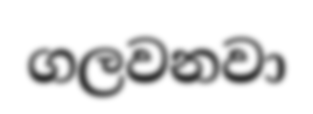
ගලවනවා